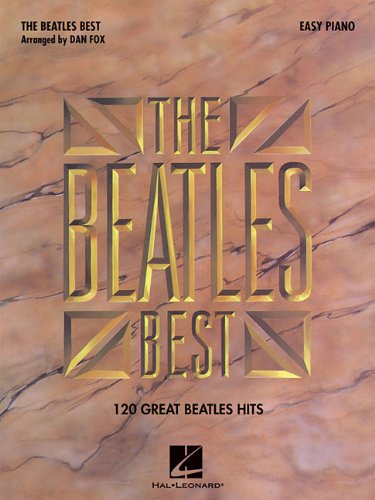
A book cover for The Beatles Best: Easy Piano; The Beatles; Humor & Entertainment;